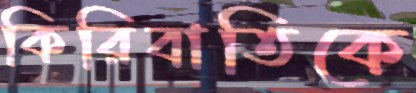
কিরিবাতিকে